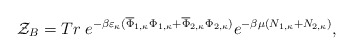
\begin{align*}{\cal Z}_B= Tr\; e^{-\beta\varepsilon_\kappa(\overline{\Phi}_{1,\kappa}\Phi_{1,\kappa}+\overline{\Phi}_{2,\kappa}\Phi_{2,\kappa})}e^{-\beta\mu(N_{1,\kappa}+N_{2,\kappa})},\end{align*}